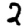
Digit: 2